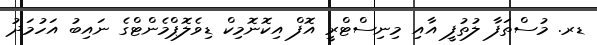
ޑރ. މުސްތަފާ ލުތުފީ އާއި މިނިސްޓްރީ އޮފް އިކޮނޮމިކް ޑިވެލޮޕްމެންޓްގެ ނައިބު އަހުމަދު